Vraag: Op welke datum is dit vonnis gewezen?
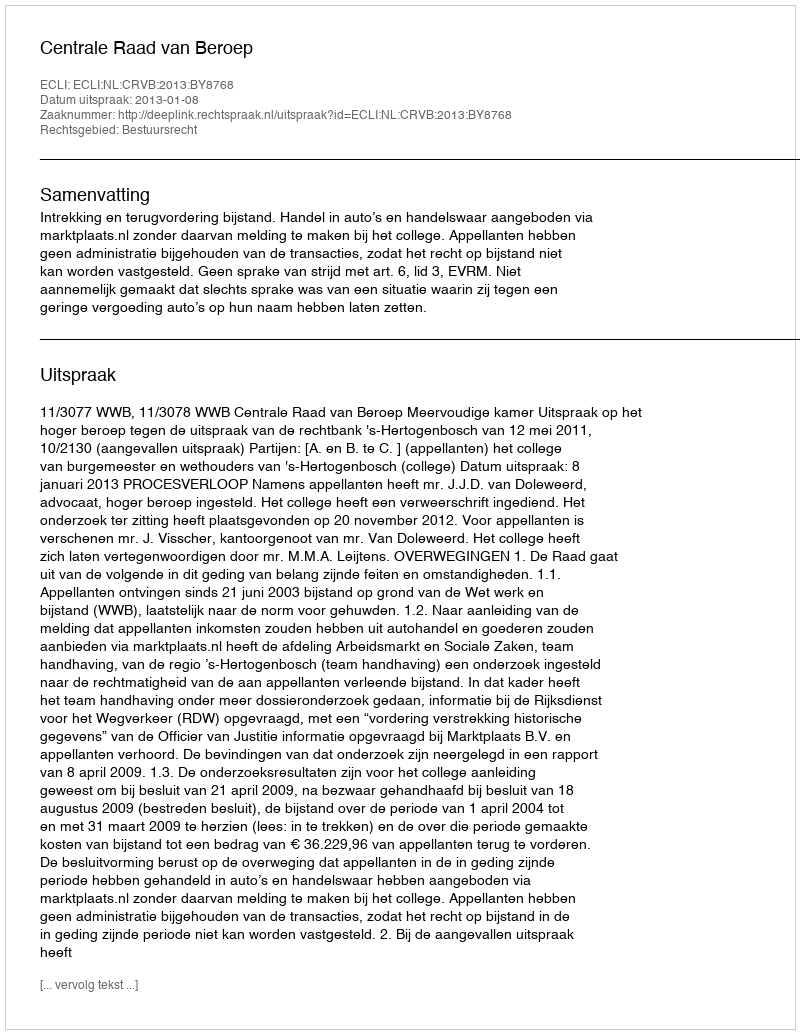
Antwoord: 2013-01-08